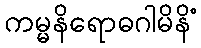
ကမ္မနိရောဓဂါမိနိံ